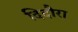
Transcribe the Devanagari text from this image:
दिदौरा